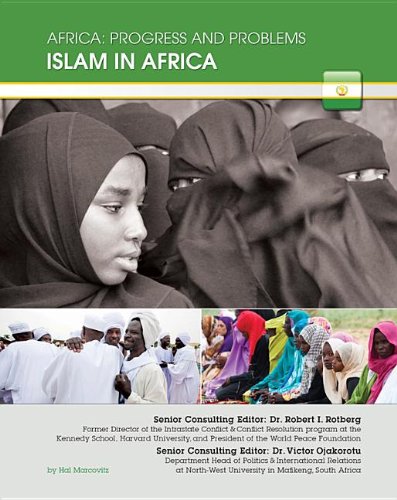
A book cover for Islam in Africa (Africa: Progress and Problems (Mason Crest)); Hal Marcovitz; Teen & Young Adult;